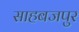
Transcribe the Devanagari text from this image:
साहबजपुर